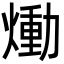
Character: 㷲